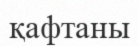
қафтаны